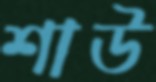
শাউ